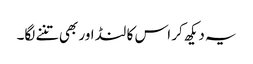
یہ دیکھ کر اس کا لنڈ اور بھی تننے لگا۔